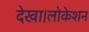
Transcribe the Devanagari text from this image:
देखा।लोकेशन